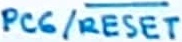
Text: PC6/RESET